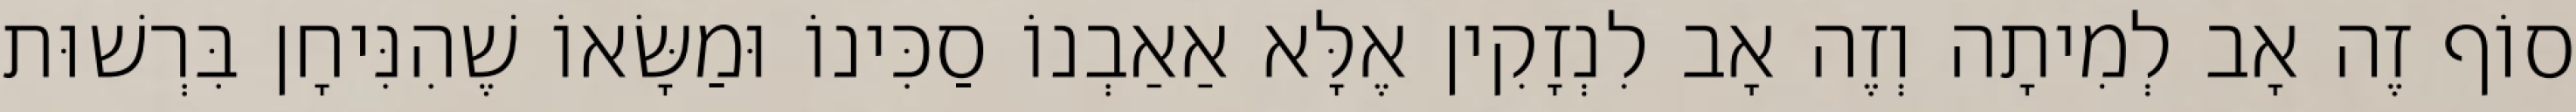
סוֹף זֶה אָב לְמִיתָה וְזֶה אָב לִנְזָקִין אֶלָּא אַאַבְנוֹ סַכִּינוֹ וּמַשָּׂאוֹ שֶׁהִנִּיחָן בִּרְשׁוּת